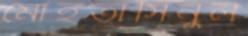
মোহতাসিনুল